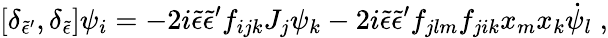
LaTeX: [\delta_{{\tilde{\epsilon}}{'}},\delta_{\tilde{\epsilon}}]\psi_{i}=-2i{\tilde{\epsilon}}{\tilde{\epsilon}}{'}f_{ijk}J_{j}\psi_{k}-2i{\tilde{\epsilon}}{\tilde{\epsilon}}{'}f_{jlm}f_{jik}x_{m}x_{k}{\dot{\psi}}_{l}\; ,